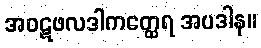
အဝဋဖလဒါကတ္ထေရ အပဒါန။